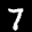
Label: 7